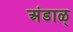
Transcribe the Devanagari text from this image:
अंडाळ्